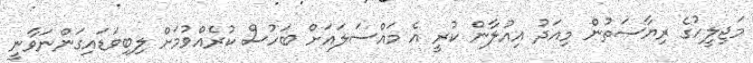
މަޖިލީހުގެ ރިޔާސަތުން މިއަދު އިއުލާން ކުރީ އެ މައްސަލައަށް ބަހުސް ކުރެއްވުމަށް ލިބިވަޑައިގަންނަވާނީ